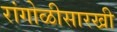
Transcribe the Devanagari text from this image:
रांगोळीसारखी